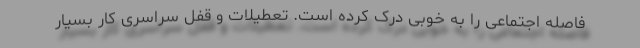
فاصله اجتماعی را به خوبی درک کرده است. تعطیلات و قفل سراسری کار بسیار